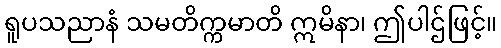
ရူပသညာနံ သမတိက္ကမာတိ ဣမိနာ၊ ဤပါဌ်ဖြင့်။